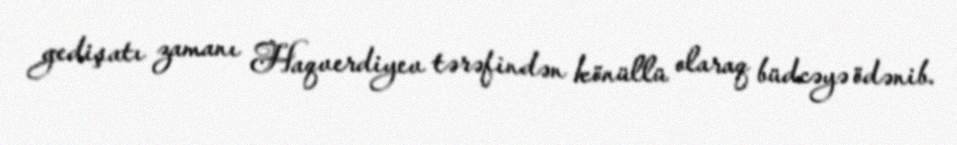
gedişatı zamanı Haqverdiyev tərəfindən könüllü olaraq büdcəyə ödənib.